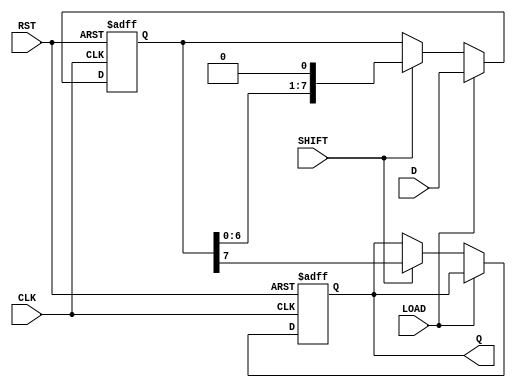
module PISO_Register #(
    parameter N = 8 // Width of the register
)(
    input  wire [N-1:0] D,        // Parallel Data Input
    input  wire LOAD,              // Load Control Signal
    input  wire SHIFT,             // Shift Control Signal
    input  wire CLK,               // Clock Signal
    input  wire RST,               // Reset Signal
    output reg  Q                  // Serial Output
);

    reg [N-1:0] register;          // Internal storage for parallel data
    integer i;                     // Loop variable for shifting

    always @(posedge CLK or posedge RST) begin
        if (RST) begin
            // Asynchronous reset
            register <= {N{1'b0}}; // Clear the register
            Q <= 1'b0;             // Reset serial output
        end else begin
            if (LOAD) begin
                // Load the parallel data
                register <= D;
            end else if (SHIFT) begin
                // Shift the data out serially
                Q <= register[N-1]; // Output the MSB
                // Shift the register left (MSB out)
                register <= {register[N-2:0], 1'b0};
            end
        end
    end

endmodule